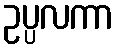
ဥပ္ပလကာ